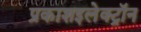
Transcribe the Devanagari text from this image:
प्रकाशइलेक्ट्रॉन